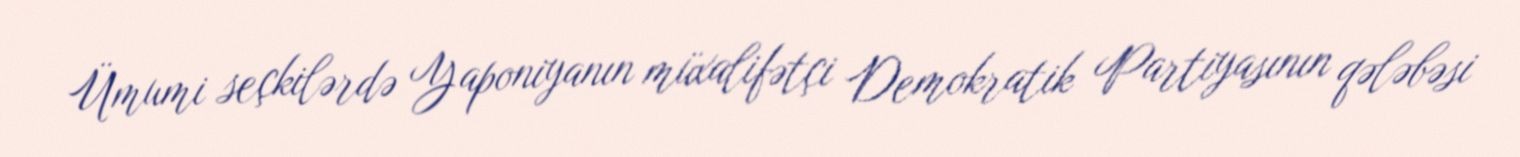
Ümumi seçkilərdə Yaponiyanın müxalifətçi Demokratik Partiyasının qələbəsi